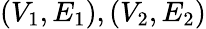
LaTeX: (V_{1},E_{1}),(V_{2},E_{2})